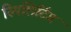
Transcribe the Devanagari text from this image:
स्पिलिटिंग